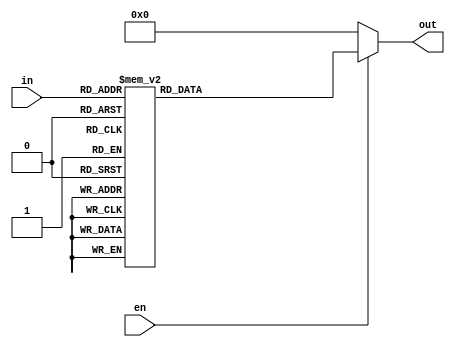
module decoder38(

	input [2:0]in,
	input en,
	
	output reg[7:0]out
	);
	
always@(*)
	begin
	
		if(!en)
			begin
			out = 0;
			end
			
		else begin
			case(in)
			3'b000: out = 8'b0000_0001;
			3'b001: out = 8'b0000_0010;
			3'b010: out = 8'b0000_0100;
			3'b011: out = 8'b0000_1000;
			3'b100: out = 8'b0001_0000;
			3'b101: out = 8'b0010_0000;
			3'b110: out = 8'b0100_0000;
			3'b111: out = 8'b1000_0000;
			default:out = 8'bxxxx_xxxx;
		
		endcase
	end
end
	
endmodule
	

////////////////////////////


module tb();
reg en;
reg [2:0]in;
wire [7:0]out;

decoder38 decoder38(
	.en(en),
	.in(in),
	.out(out)
);

initial begin
en = 1;
in = 3'b001;
#50;

en = 1;
in = 3'b010;
#50;

en = 1;
in = 3'b001;
#50;

en = 1;
in = 3'b011;
#50;

en = 1;
in = 3'b10;
#50;

en = 1;
in = 3'b101;
#50;

en = 1;
in = 3'b110;
#50;

en = 1;
in = 3'b111;
#50;

en = 0;
in = 6'b001_011;
#50;
end
endmodule